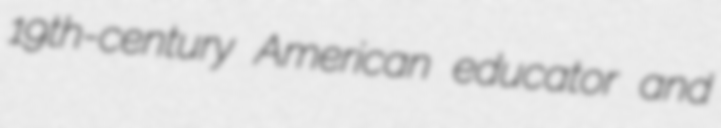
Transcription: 19th-century American educator and